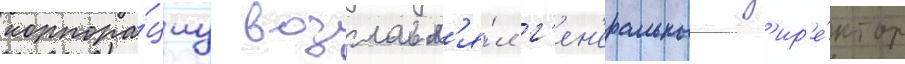
корпора́циу возглавл'я́л г'ен'еральныи д'ир'е́ктор